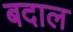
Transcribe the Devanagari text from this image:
बदाल